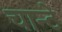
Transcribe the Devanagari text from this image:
चान्टे